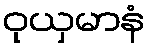
ဝုယှမာနံ